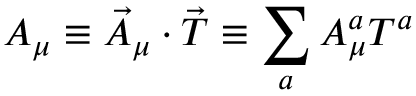
A _ { \mu } \equiv \vec { A } _ { \mu } \cdot \vec { T } \equiv \sum _ { a } A _ { \mu } ^ { a } T ^ { a }